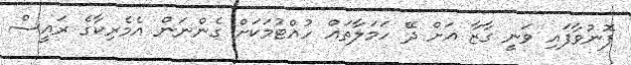
ފޮނުވާފައި ވަނީ ގާޒާ އަށް ދޭ ހަމަލާތައް ހުއްޓުމަކަށް ގެންނަން އެމެރިކާގެ ރައީސް